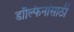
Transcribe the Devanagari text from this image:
डॉल्फिनांसाठी